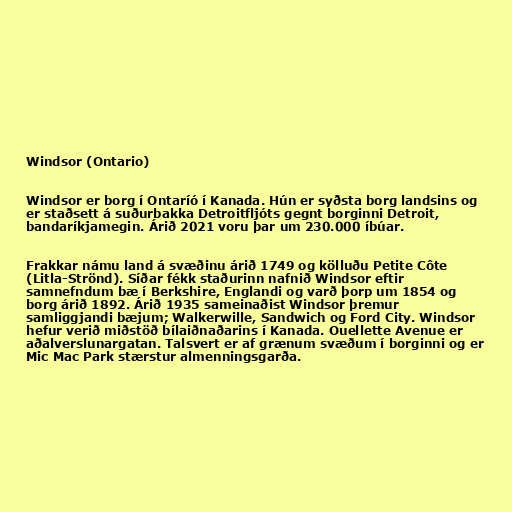
Windsor (Ontario)

Windsor er borg í Ontaríó í Kanada. Hún er syðsta borg landsins og
er staðsett á suðurbakka Detroitfljóts gegnt borginni Detroit,
bandaríkjamegin. Árið 2021 voru þar um 230.000 íbúar.

Frakkar námu land á svæðinu árið 1749 og kölluðu Petite Côte
(Litla-Strönd). Síðar fékk staðurinn nafnið Windsor eftir
samnefndum bæ í Berkshire, Englandi og varð þorp um 1854 og
borg árið 1892. Árið 1935 sameinaðist Windsor þremur
samliggjandi bæjum; Walkerwille, Sandwich og Ford City. Windsor
hefur verið miðstöð bílaiðnaðarins í Kanada. Ouellette Avenue er
aðalverslunargatan. Talsvert er af grænum svæðum í borginni og er
Mic Mac Park stærstur almenningsgarða.